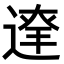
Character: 𨔬